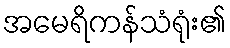
အမေရိကန်သံရုံး၏